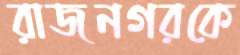
রাজনগরকে